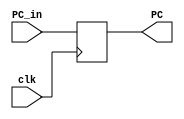
//Mdulo Registrador PC

module Registrador_PC(input clk, input[7:0] PC_in, output reg[7:0] PC);
always @(posedge clk)
begin
	PC <= PC_in;
end	
endmodule